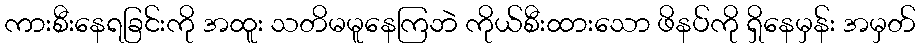
ကားစီးနေရခြင်းကို အထူး သတိမမူနေကြဘဲ ကိုယ်စီးထားသော ဖိနပ်ကို ရှိနေမှန်း အမှတ်